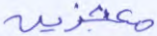
معجزين